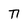
Character: n